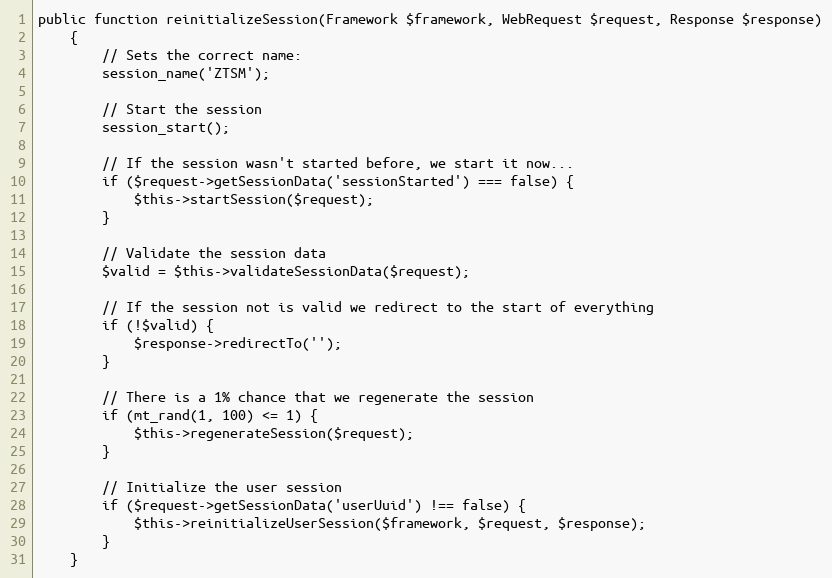
Language: PHP
public function reinitializeSession(Framework $framework, WebRequest $request, Response $response)
    {
        // Sets the correct name:
        session_name('ZTSM');

        // Start the session
        session_start();

        // If the session wasn't started before, we start it now...
        if ($request->getSessionData('sessionStarted') === false) {
            $this->startSession($request);
        }

        // Validate the session data
        $valid = $this->validateSessionData($request);

        // If the session not is valid we redirect to the start of everything
        if (!$valid) {
            $response->redirectTo('');
        }

        // There is a 1% chance that we regenerate the session
        if (mt_rand(1, 100) <= 1) {
            $this->regenerateSession($request);
        }

        // Initialize the user session
        if ($request->getSessionData('userUuid') !== false) {
            $this->reinitializeUserSession($framework, $request, $response);
        }
    }